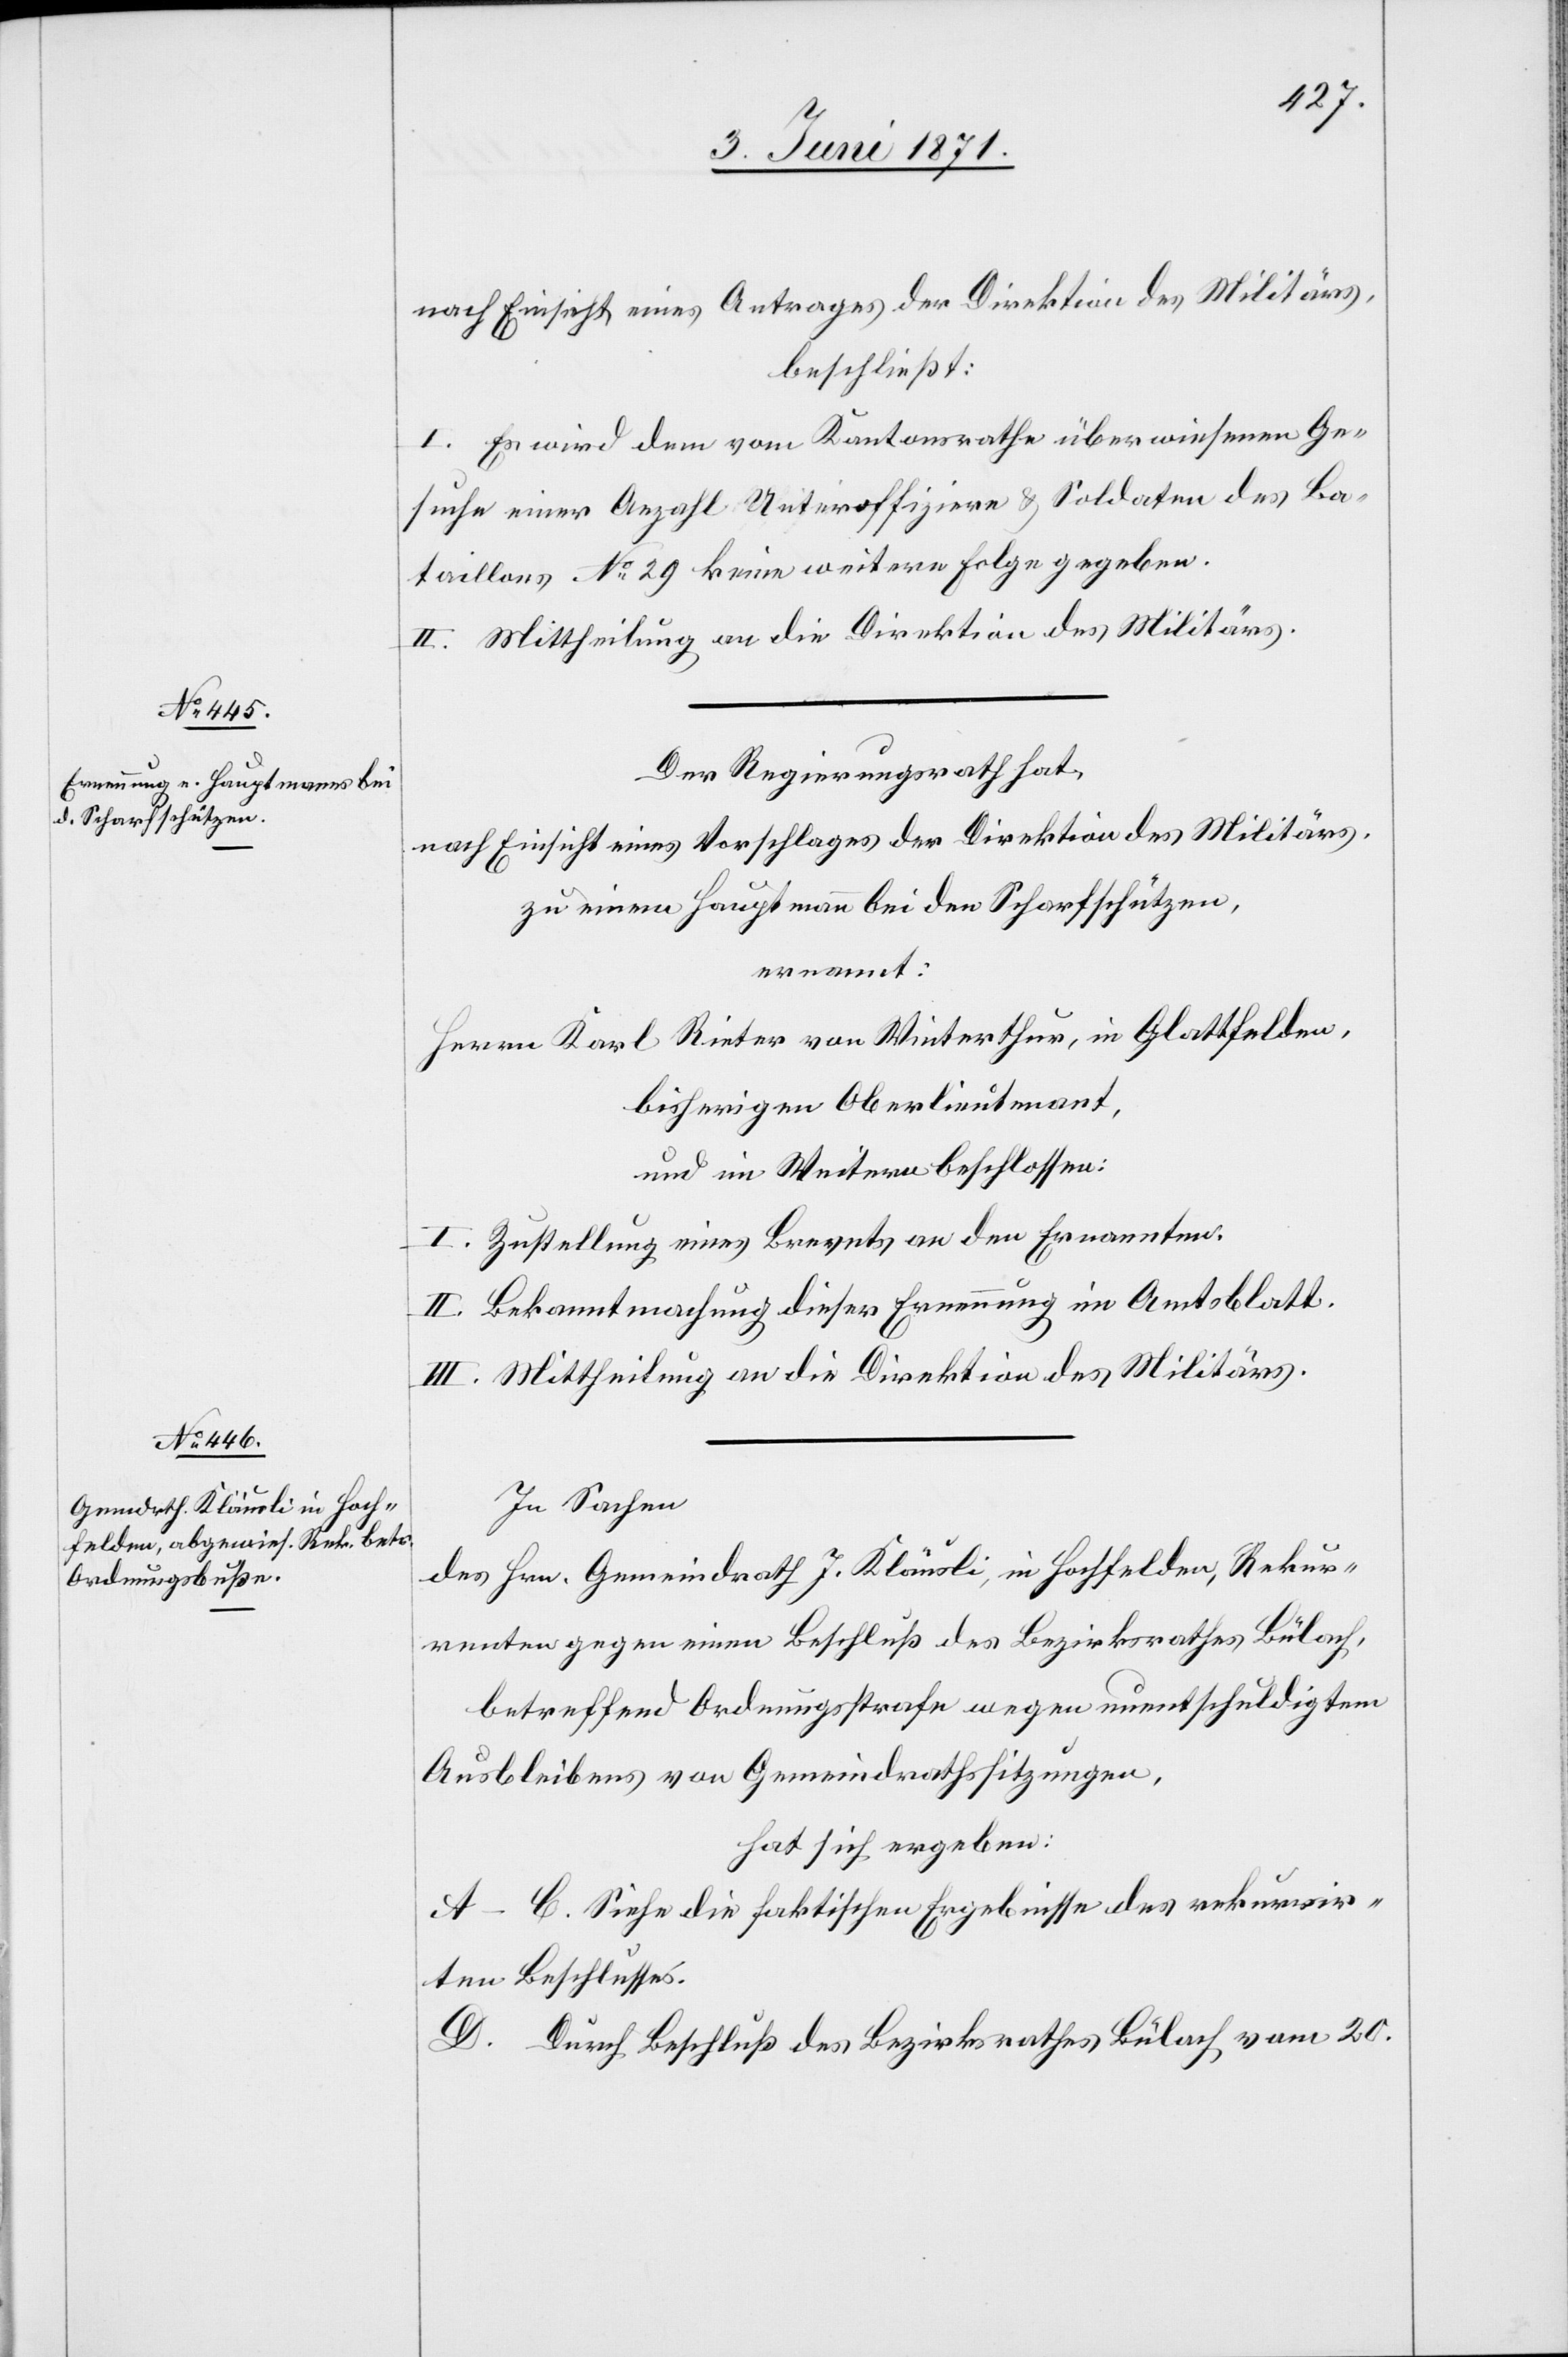
nach Einsicht eines Antrages der Direktion des Militärs,
beschließt:
I. Es wird dem vom Kantonsrathe überwiesenen Ge¬
suche einer Anzahl Unteroffiziere u. Soldaten des Ba¬
taillons No. 29 keine weitere Folge gegeben.
II. Mittheilung an die Direktion des Militärs.
Der Regierungsrath hat,
nach Einsicht eines Vorschlages der Direktion des Militärs,
zu einem Hauptmann bei den Scharfschützen,
ernannt:
Herrn Karl Rieter von Winterthur, in Glattfelden,
bisherigen Oberlieutenant,
und im Weitern beschlossen:
I. Zustellung eines Brevets an den Ernannten.
II. Bekanntmachung dieser Ernennung im Amtsblatt.
III. Mittheilung an die Direktion des Militärs.
In Sachen
des Hrn. Gemeindrath J. Kläusli, in Hochfelden, Rekur¬
renten gegen einen Beschluß des Bezirksrathes Bülach,
betreffend Ordnungsstrafe wegen unentschuldigtem
Ausbleiben von Gemeindrathssitzungen,
hat sich ergeben:
A–C. Siehe die faktischen Ergebnisse des rekurrir¬
ten Beschlusses.
D. Durch Beschluß des Bezirksrathes Bülach vom 20.